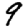
Digit: 9